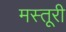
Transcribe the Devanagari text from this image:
मस्तूरी